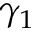
\gamma _ { 1 }